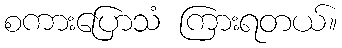
စကားပြောသံ ကြားရတယ်။